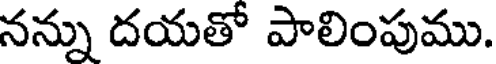
నన్ను దయతో పాలింపుము.